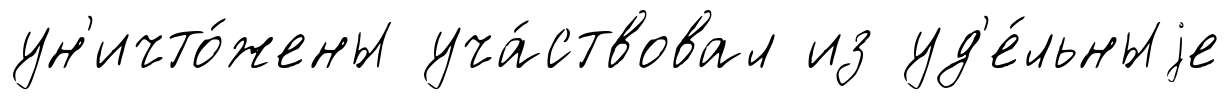
ун'ичто́жены уча́ствовал из уд'е́льныjе